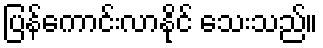
ပြန်ကောင်းလာနိုင် သေးသည်။